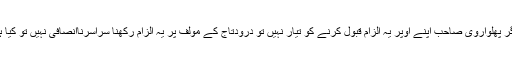
٭ اگر پھلواروی صاحب اپنے اوپر یہ الزام قبول کرنے کو تیار نہیں تو درودتاج کے مؤلف پر یہ الزام رکھنا سراسرناانصافی نہیں تو کیا ہے؟